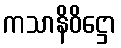
ကသာနိဝိဋ္ဌော